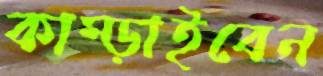
কাম্‌ড়াইবেন